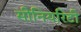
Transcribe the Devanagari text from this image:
सीनियरिटी